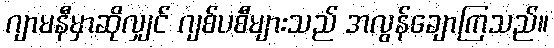
ဂျာမနီမှာဆိုလျှင် ဂျစ်ပစီများသည် အလွန်ချောကြသည်။